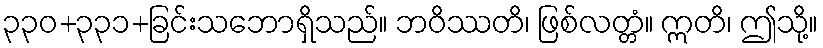
၃၃၀+၃၃၁+ခြင်းသဘောရှိသည်။ ဘဝိဿတိ၊ ဖြစ်လတ္တံ။ ဣတိ၊ ဤသို့။